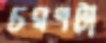
চরণটা